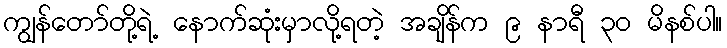
ကျွန်တော်တို့ရဲ့ နောက်ဆုံးမှာလို့ရတဲ့ အချိန်က ၉ နာရီ ၃၀ မိနစ်ပါ။